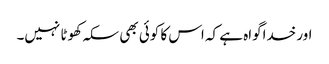
اور خداگواہ ہے کہ اس کا کوئی بھی سکہ کھوٹا نہیں۔